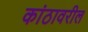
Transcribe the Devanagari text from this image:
कांठावरील